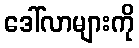
ဒေါ်လာများကို